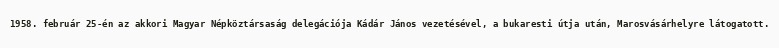
1958. február 25-én az akkori Magyar Népköztársaság delegációja Kádár János vezetésével, a bukaresti útja után, Marosvásárhelyre látogatott.